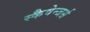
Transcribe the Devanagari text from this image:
स्कैवेन्जर्स